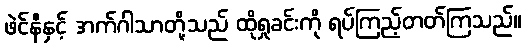
ဖဲင်နီနှင့် အက်ဂါသာတို့သည် ထိုရှုခင်းကို ရပ်ကြည့်တတ်ကြသည်။